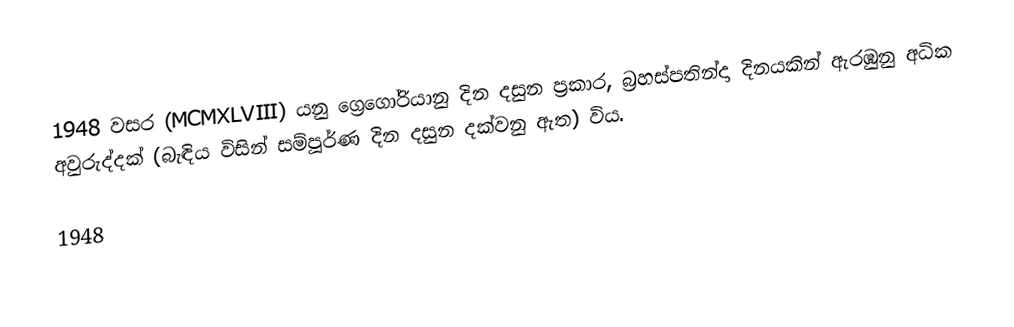

1948  වසර (MCMXLVIII) යනු  ග්‍රෙගෝරියානු දින දසුන ප්‍රකාර,  බ්‍රහස්පතින්දා දිනයකින් ඇරඹුනු අධික අවුරුද්දක් (බැඳිය විසින් සම්පූර්ණ දින දසුන දක්වනු ඇත)  විය.

1948